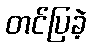
တင်ပြခဲ့